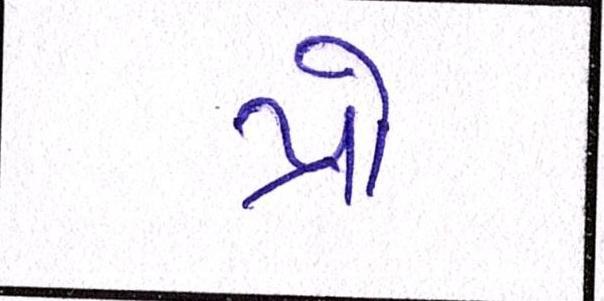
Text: પ્રો